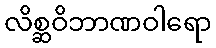
လိစ္ဆဝိဘာဏဝါရော